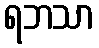
ရဘသာ